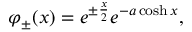
\varphi _ { \pm } ( x ) = e ^ { \pm \frac x 2 } e ^ { - a \cosh x } ,